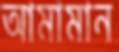
আমামান